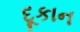
દૂકાન